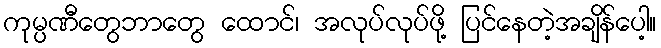
ကုမ္ပဏီတွေဘာတွေ ထောင်၊ အလုပ်လုပ်ဖို့ ပြင်နေတဲ့အချိန်ပေါ့။